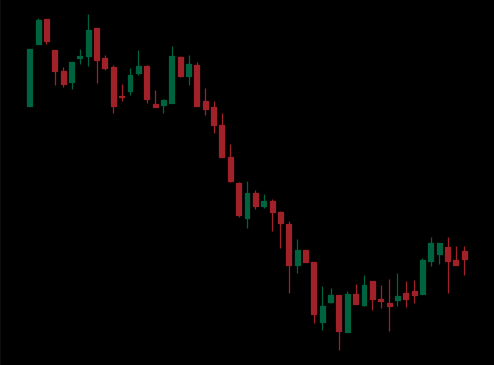
Pattern: bull_flag